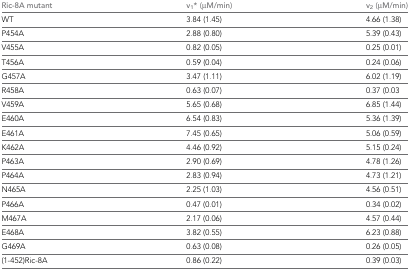
<table><thead><tr><td><b>Ric-8A mutant</b></td><td><b>v<sub>1</sub>* (μM/min)</b></td><td><b>v<sub>2</sub> (μM/min)</b></td></tr></thead><tbody><tr><td>WT</td><td>3.84 (1.45)</td><td>4.66 (1.38)</td></tr><tr><td>P454A</td><td>2.88 (0.80)</td><td>5.39 (0.43)</td></tr><tr><td>V455A</td><td>0.82 (0.05)</td><td>0.25 (0.01)</td></tr><tr><td>T456A</td><td>0.59 (0.04)</td><td>0.24 (0.06)</td></tr><tr><td>G457A</td><td>3.47 (1.11)</td><td>6.02 (1.19)</td></tr><tr><td>R458A</td><td>0.63 (0.07)</td><td>0.37 (0.03</td></tr><tr><td>V459A</td><td>5.65 (0.68)</td><td>6.85 (1.44)</td></tr><tr><td>E460A</td><td>6.54 (0.83)</td><td>5.36 (1.39)</td></tr><tr><td>E461A</td><td>7.45 (0.65)</td><td>5.06 (0.59)</td></tr><tr><td>K462A</td><td>4.46 (0.92)</td><td>5.15 (0.24)</td></tr><tr><td>P463A</td><td>2.90 (0.69)</td><td>4.78 (1.26)</td></tr><tr><td>P464A</td><td>2.83 (0.94)</td><td>4.73 (1.21)</td></tr><tr><td>N465A</td><td>2.25 (1.03)</td><td>4.56 (0.51)</td></tr><tr><td>P466A</td><td>0.47 (0.01)</td><td>0.34 (0.02)</td></tr><tr><td>M467A</td><td>2.17 (0.06)</td><td>4.57 (0.44)</td></tr><tr><td>E468A</td><td>3.82 (0.55)</td><td>6.23 (0.88)</td></tr><tr><td>G469A</td><td>0.63 (0.08)</td><td>0.26 (0.05)</td></tr><tr><td>(1-452)Ric-8A</td><td>0.86 (0.22)</td><td>0.39 (0.03)</td></tr></tbody></table>